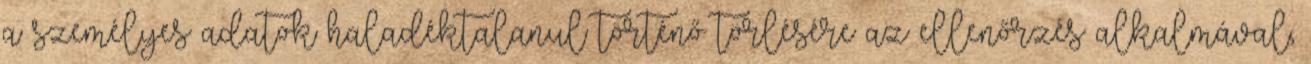
a személyes adatok haladéktalanul történő törlésére az ellenőrzés alkalmával,